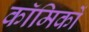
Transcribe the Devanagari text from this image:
काॅमिकों